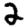
Digit: 2